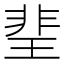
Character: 𤦅